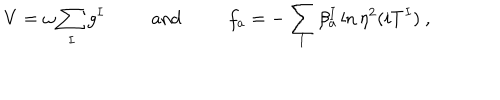
V = \omega \sum _ { I } g ^ { I } ~ \mathrm { a n d } ~ f _ { a } = - \sum _ { I } \beta _ { a } ^ { I } \ln \eta ^ { 2 } ( i T ^ { I } ) ~ ,